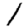
Digit: 1